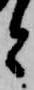
と